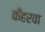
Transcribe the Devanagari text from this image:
कँहरवा